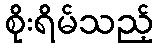
စိုးရိမ်သည့်